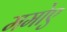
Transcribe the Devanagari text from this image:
ममोए